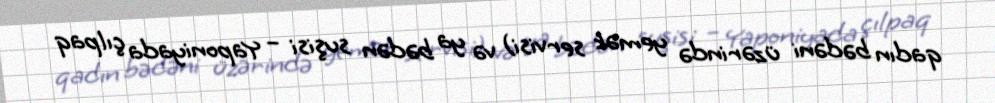
qadın bədəni üzərində yemək servisi) və ya bədən suşisi – Yaponiyada çılpaq